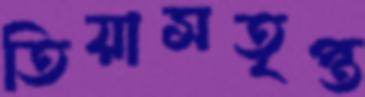
তিয়াসতৃপ্ত